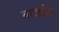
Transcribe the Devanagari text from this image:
बरदाईमर